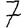
Digit: 7